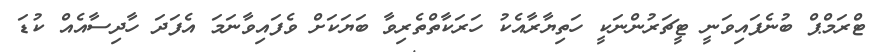
ޓްރަމްޕް ބުނެފައިވަނީ ޓީޗަރުންނަކީ ހަތިޔާރާއެކު ހަރަކާތްތެރިވާ ބަޔަކަށް ވެފައިވާނަމަ އެފަދަ ހާދިސާއެއް ކުޑަ